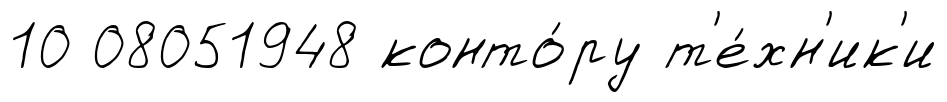
10 08051948 конто́ру т'е́хн'ик'и